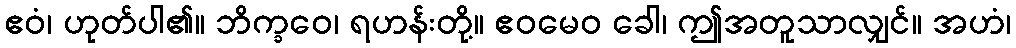
ဧဝံ၊ ဟုတ်ပါ၏။ ဘိက္ခဝေ၊ ရဟန်းတို့။ ဧဝမေဝ ခေါ၊ ဤအတူသာလျှင်။ အဟံ၊